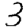
Digit: 3